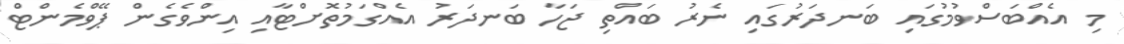
މި އެއްބަސްވުމުގައި ބަނދަރުގައި ނެރު ބައްތި ޖަހާ ބަނދަރު އެއްގަމުތޮށްޓާއި އިންވެގެން ޕޭވްމެންޓް